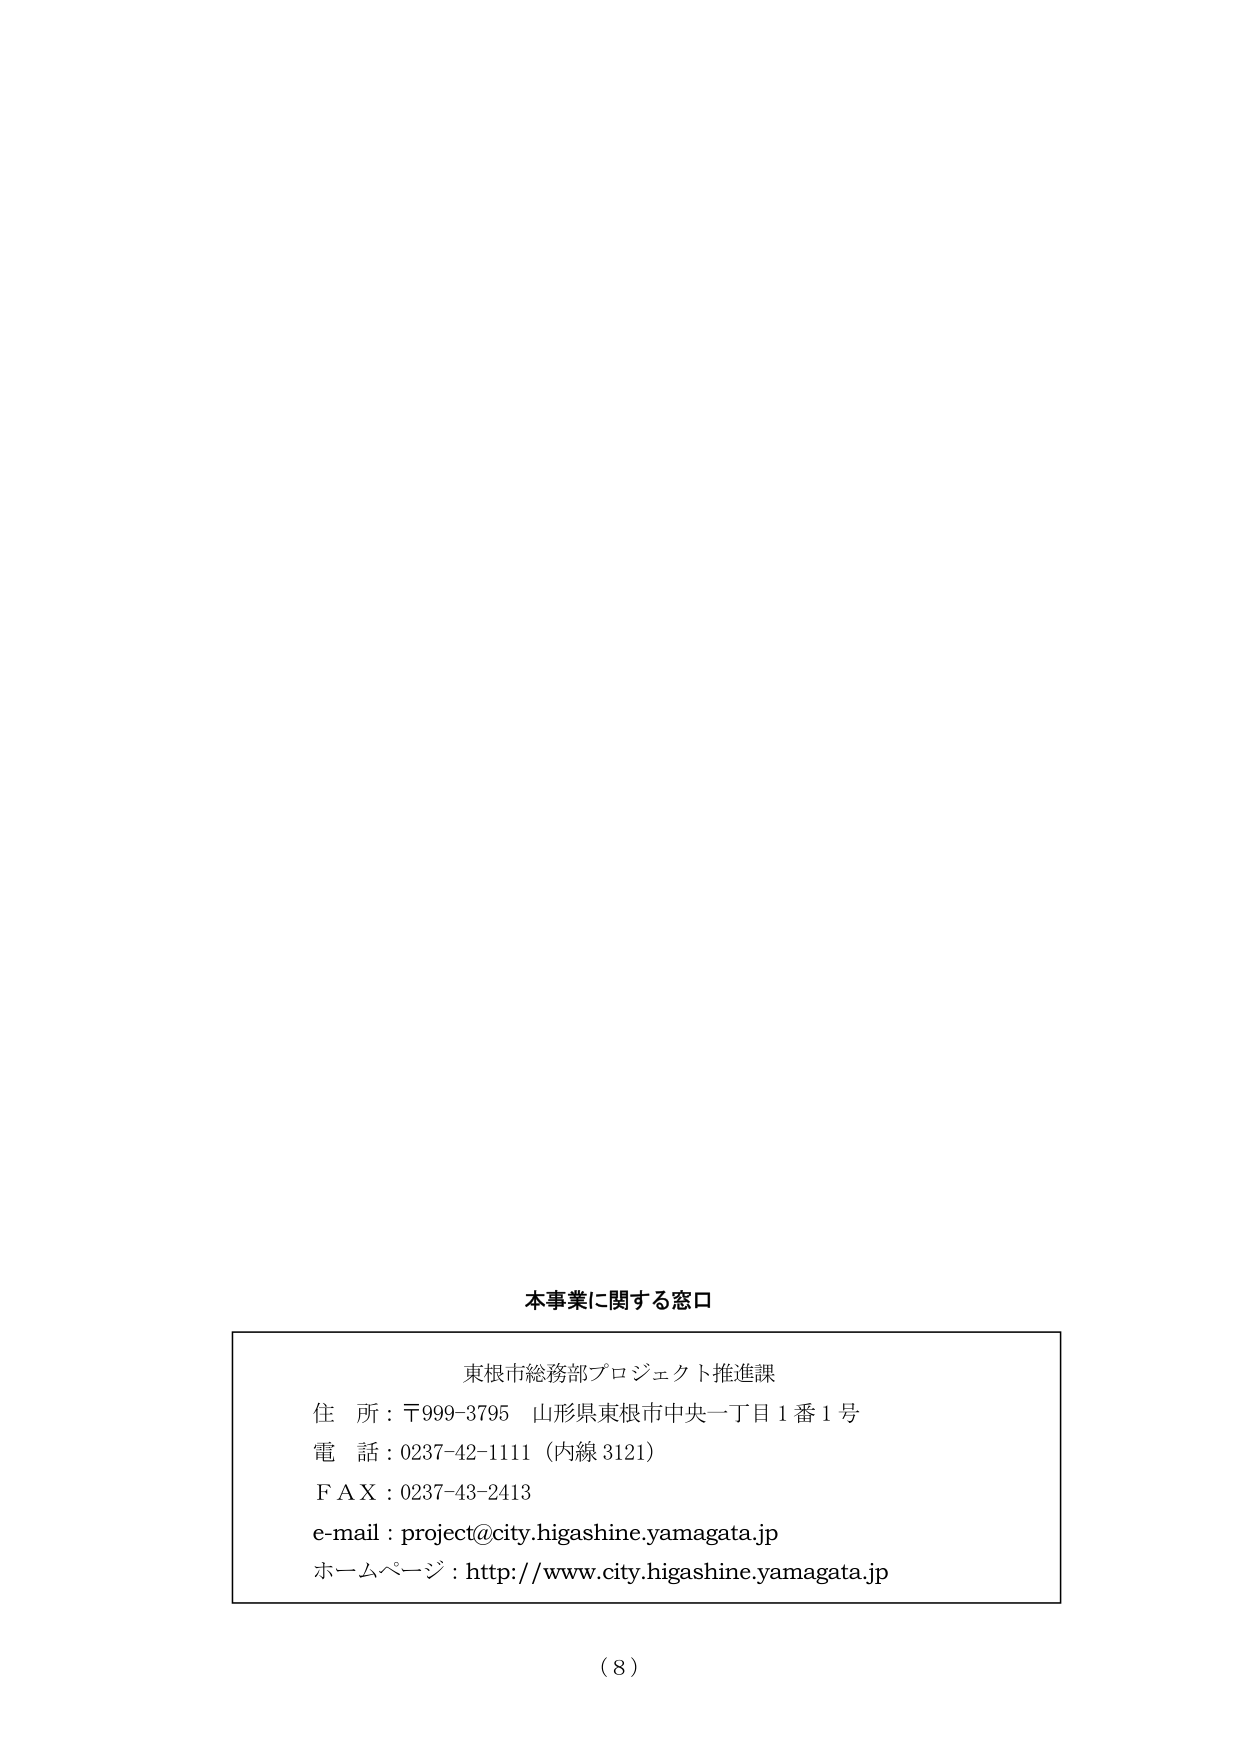
本事業に関する窓口

東根市総務部プロジェクト推進課
住 所：〒999-3795 山形県東根市中央一丁目1番1号
電 話：0237-42-1111（内線3121）
ＦＡＸ：0237-43-2413
e-mail：project@city.higashine.yamagata.jp
ホームページ：http://www.city.higashine.yamagata.jp

（8）